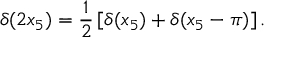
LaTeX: \delta ( 2 x _ { 5 } ) = \frac { 1 } { 2 } \left[ \delta ( x _ { 5 } ) + \delta ( x _ { 5 } - \pi ) \right] .